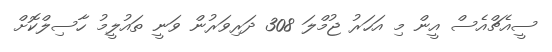
ސީއެޗްއެސް އީން މި އަހަރު ޖުމްލަ 308 ދަރިވަރުން ވަނީ ތައުލީމު ހާސިލްކޮށް